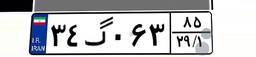
۲۶گ۱۸۹۰۳